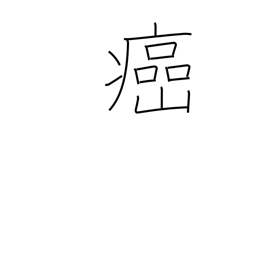
Meaning: cancerous evil